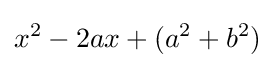
x^{2}-2ax+(a^{2}+b^{2})